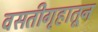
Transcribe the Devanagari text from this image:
वसतीगृहातून